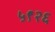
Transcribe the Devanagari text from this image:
५९२६